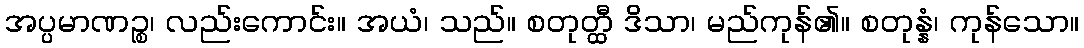
အပ္ပမာဏဉ္စ၊ လည်းကောင်း။ အယံ၊ သည်။ စတုတ္ထီ ဒိသာ၊ မည်ကုန်၏။ စတုန္နံ၊ ကုန်သော။